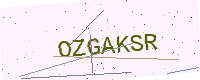
Text: OZGAKSR